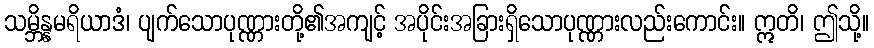
သမ္ဘိန္နမရိယာဒံ၊ ပျက်သောပုဏ္ဏားတို့၏အကျင့် အပိုင်းအခြားရှိသောပုဏ္ဏားလည်းကောင်း။ ဣတိ၊ ဤသို့။